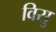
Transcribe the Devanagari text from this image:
विसु